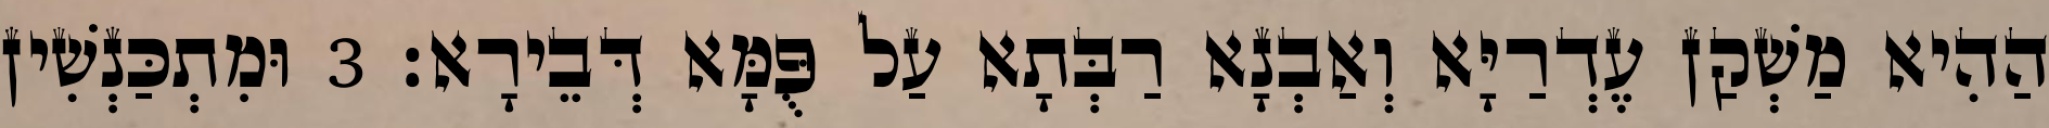
הַהִיא מַשְׁקַן עֶדְרַיָּא וְאַבְנָא רַבְּתָא עַל פֻּמָּא דְּבֵירָא׃ 3 וּמִתְכַּנְשִׁין